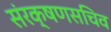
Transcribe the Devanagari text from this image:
संरक्षणसचिव